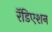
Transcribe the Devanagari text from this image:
रॅडिएशन